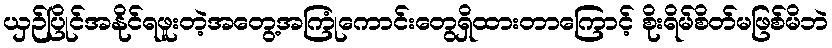
ယှဉ်ပြိုင်အနိုင်ရဖူးတဲ့အတွေ့အကြုံကောင်းတွေရှိထားတာကြောင့် စိုးရိမ်စိတ်မဖြစ်မိဘဲ